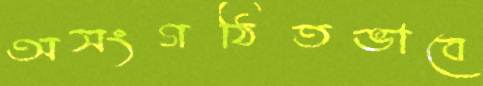
অসংগঠিতভাবে